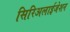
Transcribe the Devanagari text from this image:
सिरिअलाईजेशन